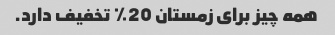
همه چیز برای زمستان 20٪ تخفیف دارد.